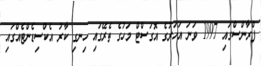
ފްރާންސްގައި 1997 ވަނަ އަހަރުގެ އޮގަސްޓް މަހުގެ ތެރޭގައި ހިނގި ކާރު އެކްސިޑެންޓެއްގައި